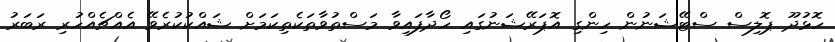
ހޮޅުދޫ ޕޮލިސް ސްޓޭޝަނުން ހިންގި އޮޕަރޭޝަނުގައި ހޯދާފައިވާ މަސްތުވާތަކެތިކަމަށް ޝައްކުކުރެވޭ އެއްޗެއްހުރި ރަބަރު